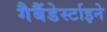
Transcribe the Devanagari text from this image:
गैबैंडेर्स्टाइने